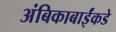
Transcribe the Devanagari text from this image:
अंबिकाबाईंकडे